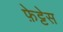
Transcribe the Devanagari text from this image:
फ़ेट्टेस